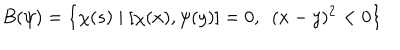
B ( \psi ) = \left\{ \chi ( s ) \mid [ \chi ( x ) , \psi ( y ) ] = 0 , \, \, \, ( x - y ) ^ { 2 } < 0 \right\}